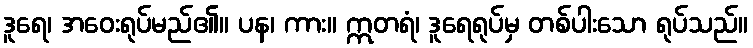
ဒူရေ၊ အဝေးရုပ်မည်၏။ ပန၊ ကား။ ဣတရံ၊ ဒူရေရုပ်မှ တစ်ပါးသော ရုပ်သည်။